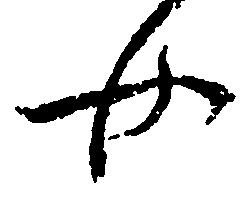
女